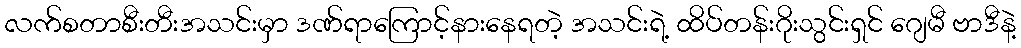
လက်စတာစီးတီးအသင်းမှာ ဒဏ်ရာကြောင့်နားနေရတဲ့ အသင်းရဲ့ ထိပ်တန်းဂိုးသွင်းရှင် ဂျေမီ ဗာဒီနဲ့